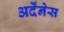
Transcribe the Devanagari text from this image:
अर्देंनेस